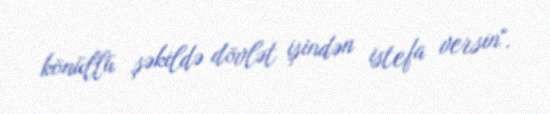
könüllü şəkildə dövlət işindən istefa versin".